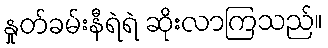
နှုတ်ခမ်းနီရဲရဲ ဆိုးလာကြသည်။